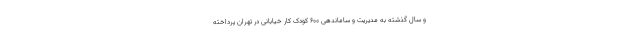
و سال گذشته به مدیریت و ساماندهی ۶۰۰ کودک کار خیابانی در تهران پرداخته